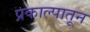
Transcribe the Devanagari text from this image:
प्रकाल्पातून